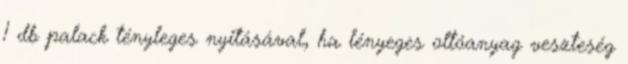
1 db palack tényleges nyitásával, ha lényeges oltóanyag veszteség